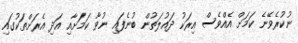
ނުކުރެވޭނެ ކަމަށް އެއްވެސް އިރަކު ދައުލަތުން ބުނެފައި ނުވާ ކަމަށާއި އަދި އެރަށްތަކުގައި